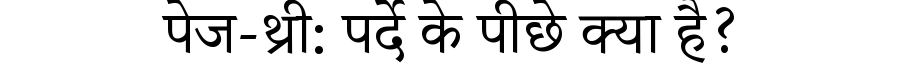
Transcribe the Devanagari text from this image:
पेज-थ्री: पर्दे के पीछे क्या है?